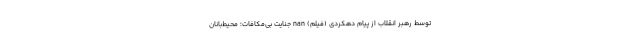
توسط رهبر انقلاب از پیام دهکردی (فیلم) nan جنایت بی‌مکافات؛ محیط‌بانان